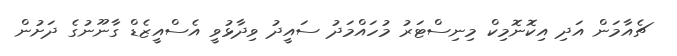
ޗެއާމަން އަދި އިކޮނޮމިކް މިނިސްޓަރު މުހައްމަދު ސައީދު ވިދާޅުވީ އެސްއީޒެޑް ގާނޫނުގެ ދަށުން